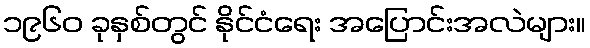
၁၉၆၀ ခုနှစ်တွင် နိုင်ငံရေး အပြောင်းအလဲများ။